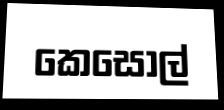
කෙසොල්